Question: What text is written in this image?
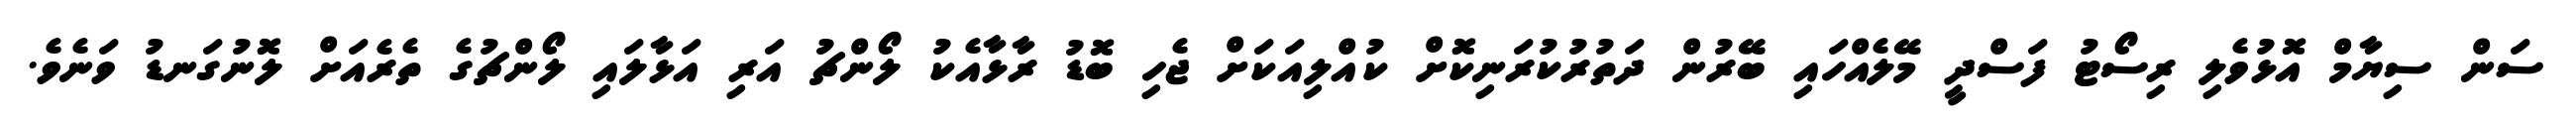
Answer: ސަން ސިޔާމް އޮޅުވެލި ރިސޯޓު ފަސްދީ މޭލެއްހައި ބޭރުން ދަތުރުކުރަނިކޮށް ކުއްލިއަކަށް ޖެހި ބޮޑު ރާޅާއެކު ލޯންޗު އަރި އަޅާލައި ލޯންޗުގެ ތެރެއަށް ލޮނުގަނޑު ވަނެވެ.